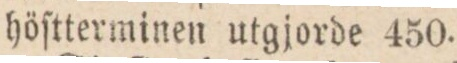
höſtterminen utgjorde 450.